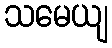
သမေယျ